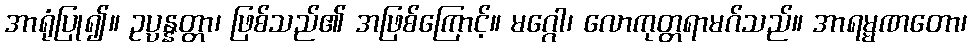
အာရုံပြု၍။ ဥပ္ပန္နတ္တာ၊ ဖြစ်သည်၏ အဖြစ်ကြောင့်။ မဂ္ဂေါ၊ လောကုတ္တရာမဂ်သည်။ အာရမ္မဏတော၊